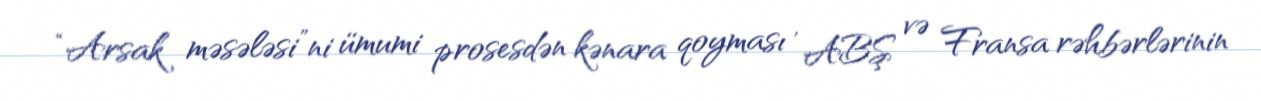
“Arsak məsələsi”ni ümumi prosesdən kənara qoyması , ABŞ və Fransa rəhbərlərinin